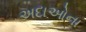
અદાઓના